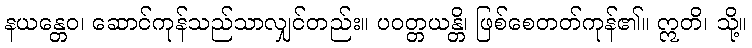
နယန္တေဝ၊ ဆောင်ကုန်သည်သာလျှင်တည်း။ ပဝတ္တယန္တိ၊ ဖြစ်စေတတ်ကုန်၏။ ဣတိ၊ သို့။